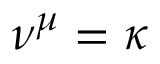
\nu ^ { \mu } = \kappa